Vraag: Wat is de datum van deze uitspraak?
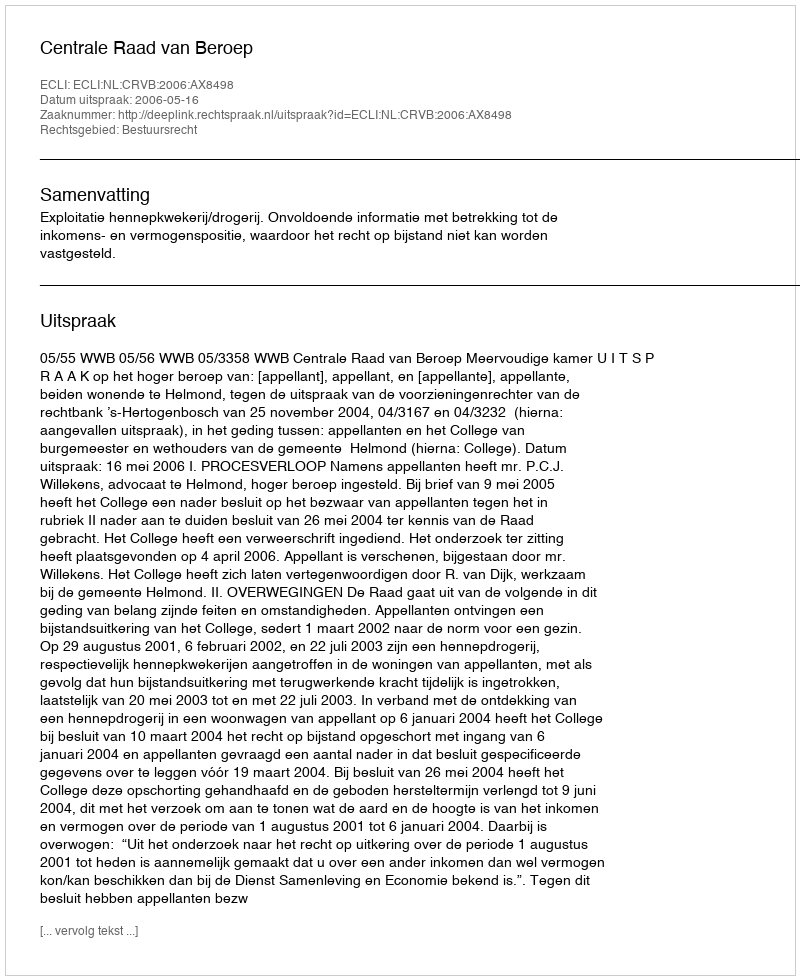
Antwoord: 2006-05-16